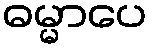
ဓမ္မာပေ